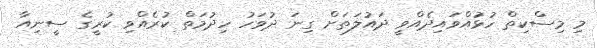
މި މިސްކިތް ހުޅުައްވައިދެއްވީ ދައުލަތަށް ގިނަ ދުވަހު ހިދުމަތް ކުރެއްވި ކުރީގެ ސީނިއާ